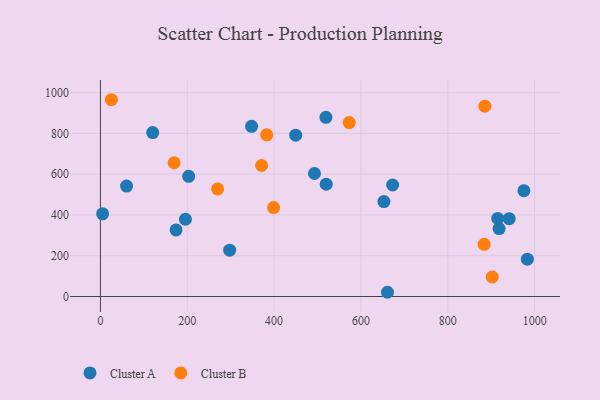
{"axis": {"x": "Price", "y": "Demand"}, "legend": ["Cluster A", "Cluster B"], "data": [{"x": "297.7", "y": 227.3, "type": "Cluster A"}, {"x": "120.5", "y": 803.6, "type": "Cluster A"}, {"x": "652.9", "y": 465.7, "type": "Cluster A"}, {"x": "975.3", "y": 518.9, "type": "Cluster A"}, {"x": "519.4", "y": 878.8, "type": "Cluster A"}, {"x": "520.0", "y": 550.6, "type": "Cluster A"}, {"x": "174.2", "y": 326.4, "type": "Cluster A"}, {"x": "673.0", "y": 546.7, "type": "Cluster A"}, {"x": "60.2", "y": 541.4, "type": "Cluster A"}, {"x": "983.3", "y": 182.8, "type": "Cluster A"}, {"x": "493.0", "y": 603.2, "type": "Cluster A"}, {"x": "661.1", "y": 20.7, "type": "Cluster A"}, {"x": "203.3", "y": 589.1, "type": "Cluster A"}, {"x": "449.8", "y": 790.9, "type": "Cluster A"}, {"x": "918.1", "y": 333.3, "type": "Cluster A"}, {"x": "348.2", "y": 834.6, "type": "Cluster A"}, {"x": "195.8", "y": 378.9, "type": "Cluster A"}, {"x": "915.0", "y": 382.7, "type": "Cluster A"}, {"x": "5.1", "y": 405.4, "type": "Cluster A"}, {"x": "941.5", "y": 381.8, "type": "Cluster A"}, {"x": "902.4", "y": 95.5, "type": "Cluster B"}, {"x": "398.8", "y": 436.2, "type": "Cluster B"}, {"x": "169.8", "y": 655.9, "type": "Cluster B"}, {"x": "25.2", "y": 964.9, "type": "Cluster B"}, {"x": "371.2", "y": 642.4, "type": "Cluster B"}, {"x": "885.4", "y": 933.3, "type": "Cluster B"}, {"x": "383.0", "y": 792.9, "type": "Cluster B"}, {"x": "883.7", "y": 255.7, "type": "Cluster B"}, {"x": "573.0", "y": 852.9, "type": "Cluster B"}, {"x": "269.9", "y": 527.3, "type": "Cluster B"}]}